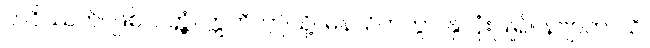
ဘဝိဿတိ၊ ဖြစ်လတ္တံ့။ ဣတိ၊ ဤသို့။ မနသိကတွာ၊ နှလုံးပြု၍။ နဗျာကာသိ၊